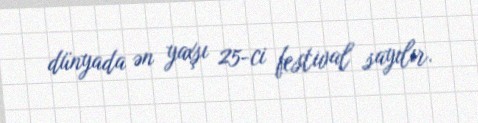
dünyada ən yaxşı 25-ci festival sayılır.